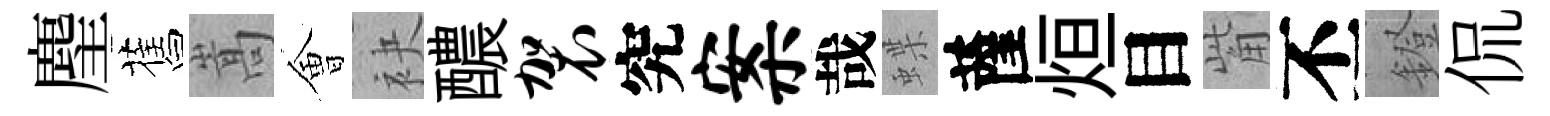
麈舊嵩㑹袂醲袈究案哉蝶薩烜目觜丕鐙侃